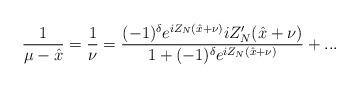
LaTeX: \begin{align*}\displaystyle\frac{1}{\mu -\hat{x}}=\displaystyle\frac{1}{\nu }=\displaystyle\frac{(-1)^{\delta }e^{iZ_{N}(\hat{x}+\nu )}iZ_{N}'(\hat{x}+\nu )}{1+(-1)^{\delta }e^{iZ_{N}(\hat{x}+\nu )}}+...\end{align*}